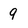
Character: 9